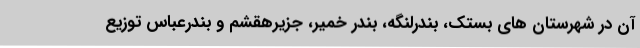
آن در شهرستان های بستک، بندرلنگه، بندر خمیر، جزیرهقشم و بندرعباس توزیع